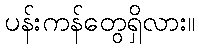
ပန်းကန်တွေရှိလား။